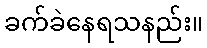
ခက်ခဲနေရသနည်း။